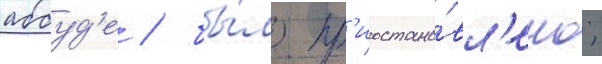
аббуд'е / бы́ло пр'иостано́вл'ено;